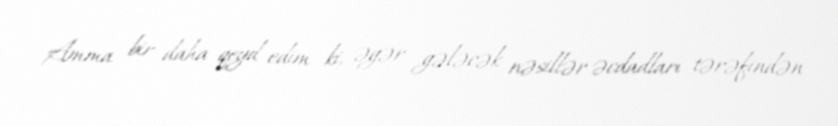
Amma bir daha qeyd edim ki, əgər gələcək nəsillər əcdadları tərəfindən